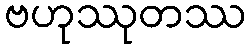
ဗဟုဿုတဿ